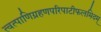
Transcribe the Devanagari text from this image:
त्वत्पाणिग्रहणपरिपाटीफलमिदम्